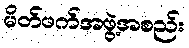
မိတ်ဖက်အဖွဲ့အစည်း